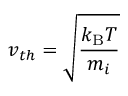
v _ { t h } = { \sqrt { \frac { k _ { \mathrm { { B } } } T } { m _ { i } } } }